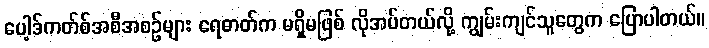
ပေါ့ဒ်ကတ်စ်အစီအစဉ်များ ရေဓာတ်က မရှိမဖြစ် လိုအပ်တယ်လို့ ကျွမ်းကျင်သူတွေက ပြောပါတယ်။